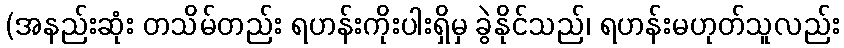
(အနည်းဆုံး တသိမ်တည်း ရဟန်းကိုးပါးရှိမှ ခွဲနိုင်သည်၊ ရဟန်းမဟုတ်သူလည်း